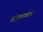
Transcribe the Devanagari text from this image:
अंगुष्ठापर्वतनी